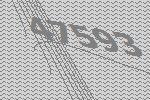
47593